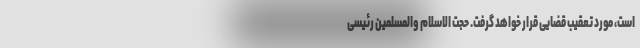
است، مورد تعقیب قضایی قرار خواهد گرفت. حجت الاسلام والمسلمین رئیسی